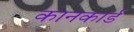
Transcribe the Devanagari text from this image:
कानकार्ड